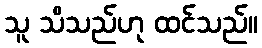
သူ သိသည်ဟု ထင်သည်။